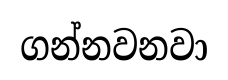
ගන්නවනවා